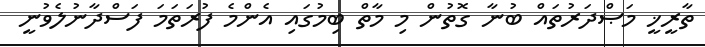
ތާރީޚީ މަޞްދަރުތައް ބުނާ ގޮތުން މި މާތް ބިމުގައި އެންމެ ފުރަތަމަ ފަސްދާނުލެވުނީ